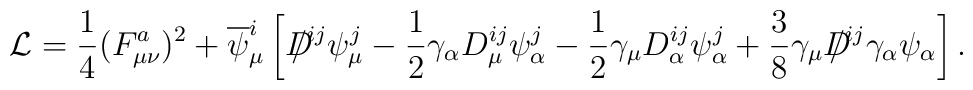
{\cal L}=\frac{1}{4}(F_{\mu \nu }^{a})^{2}+\overline{\psi }_{\mu }^{i}\left[D\!\!\!\!\slash^{ij}\psi _{\mu }^{j}-\frac{1}{2}\gamma _{\alpha }D_{\mu}^{ij}\psi _{\alpha }^{j}-\frac{1}{2}\gamma _{\mu }D_{\alpha }^{ij}\psi_{\alpha }^{j}+\frac{3}{8}\gamma _{\mu }D\!\!\!\!\slash^{ij}\gamma _{\alpha}\psi _{\alpha }\right] .